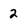
Character: 2